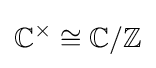
\mathbb {C} ^{\times }\cong \mathbb {C} /\mathbb {Z}